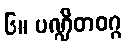
၆။ ပဏ္ဍိတဝဂ္ဂ